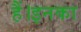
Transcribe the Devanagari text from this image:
हैं।इनका